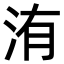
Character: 洧